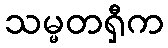
သမ္မတရှီက